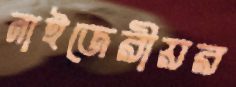
নাইজেরীয়র